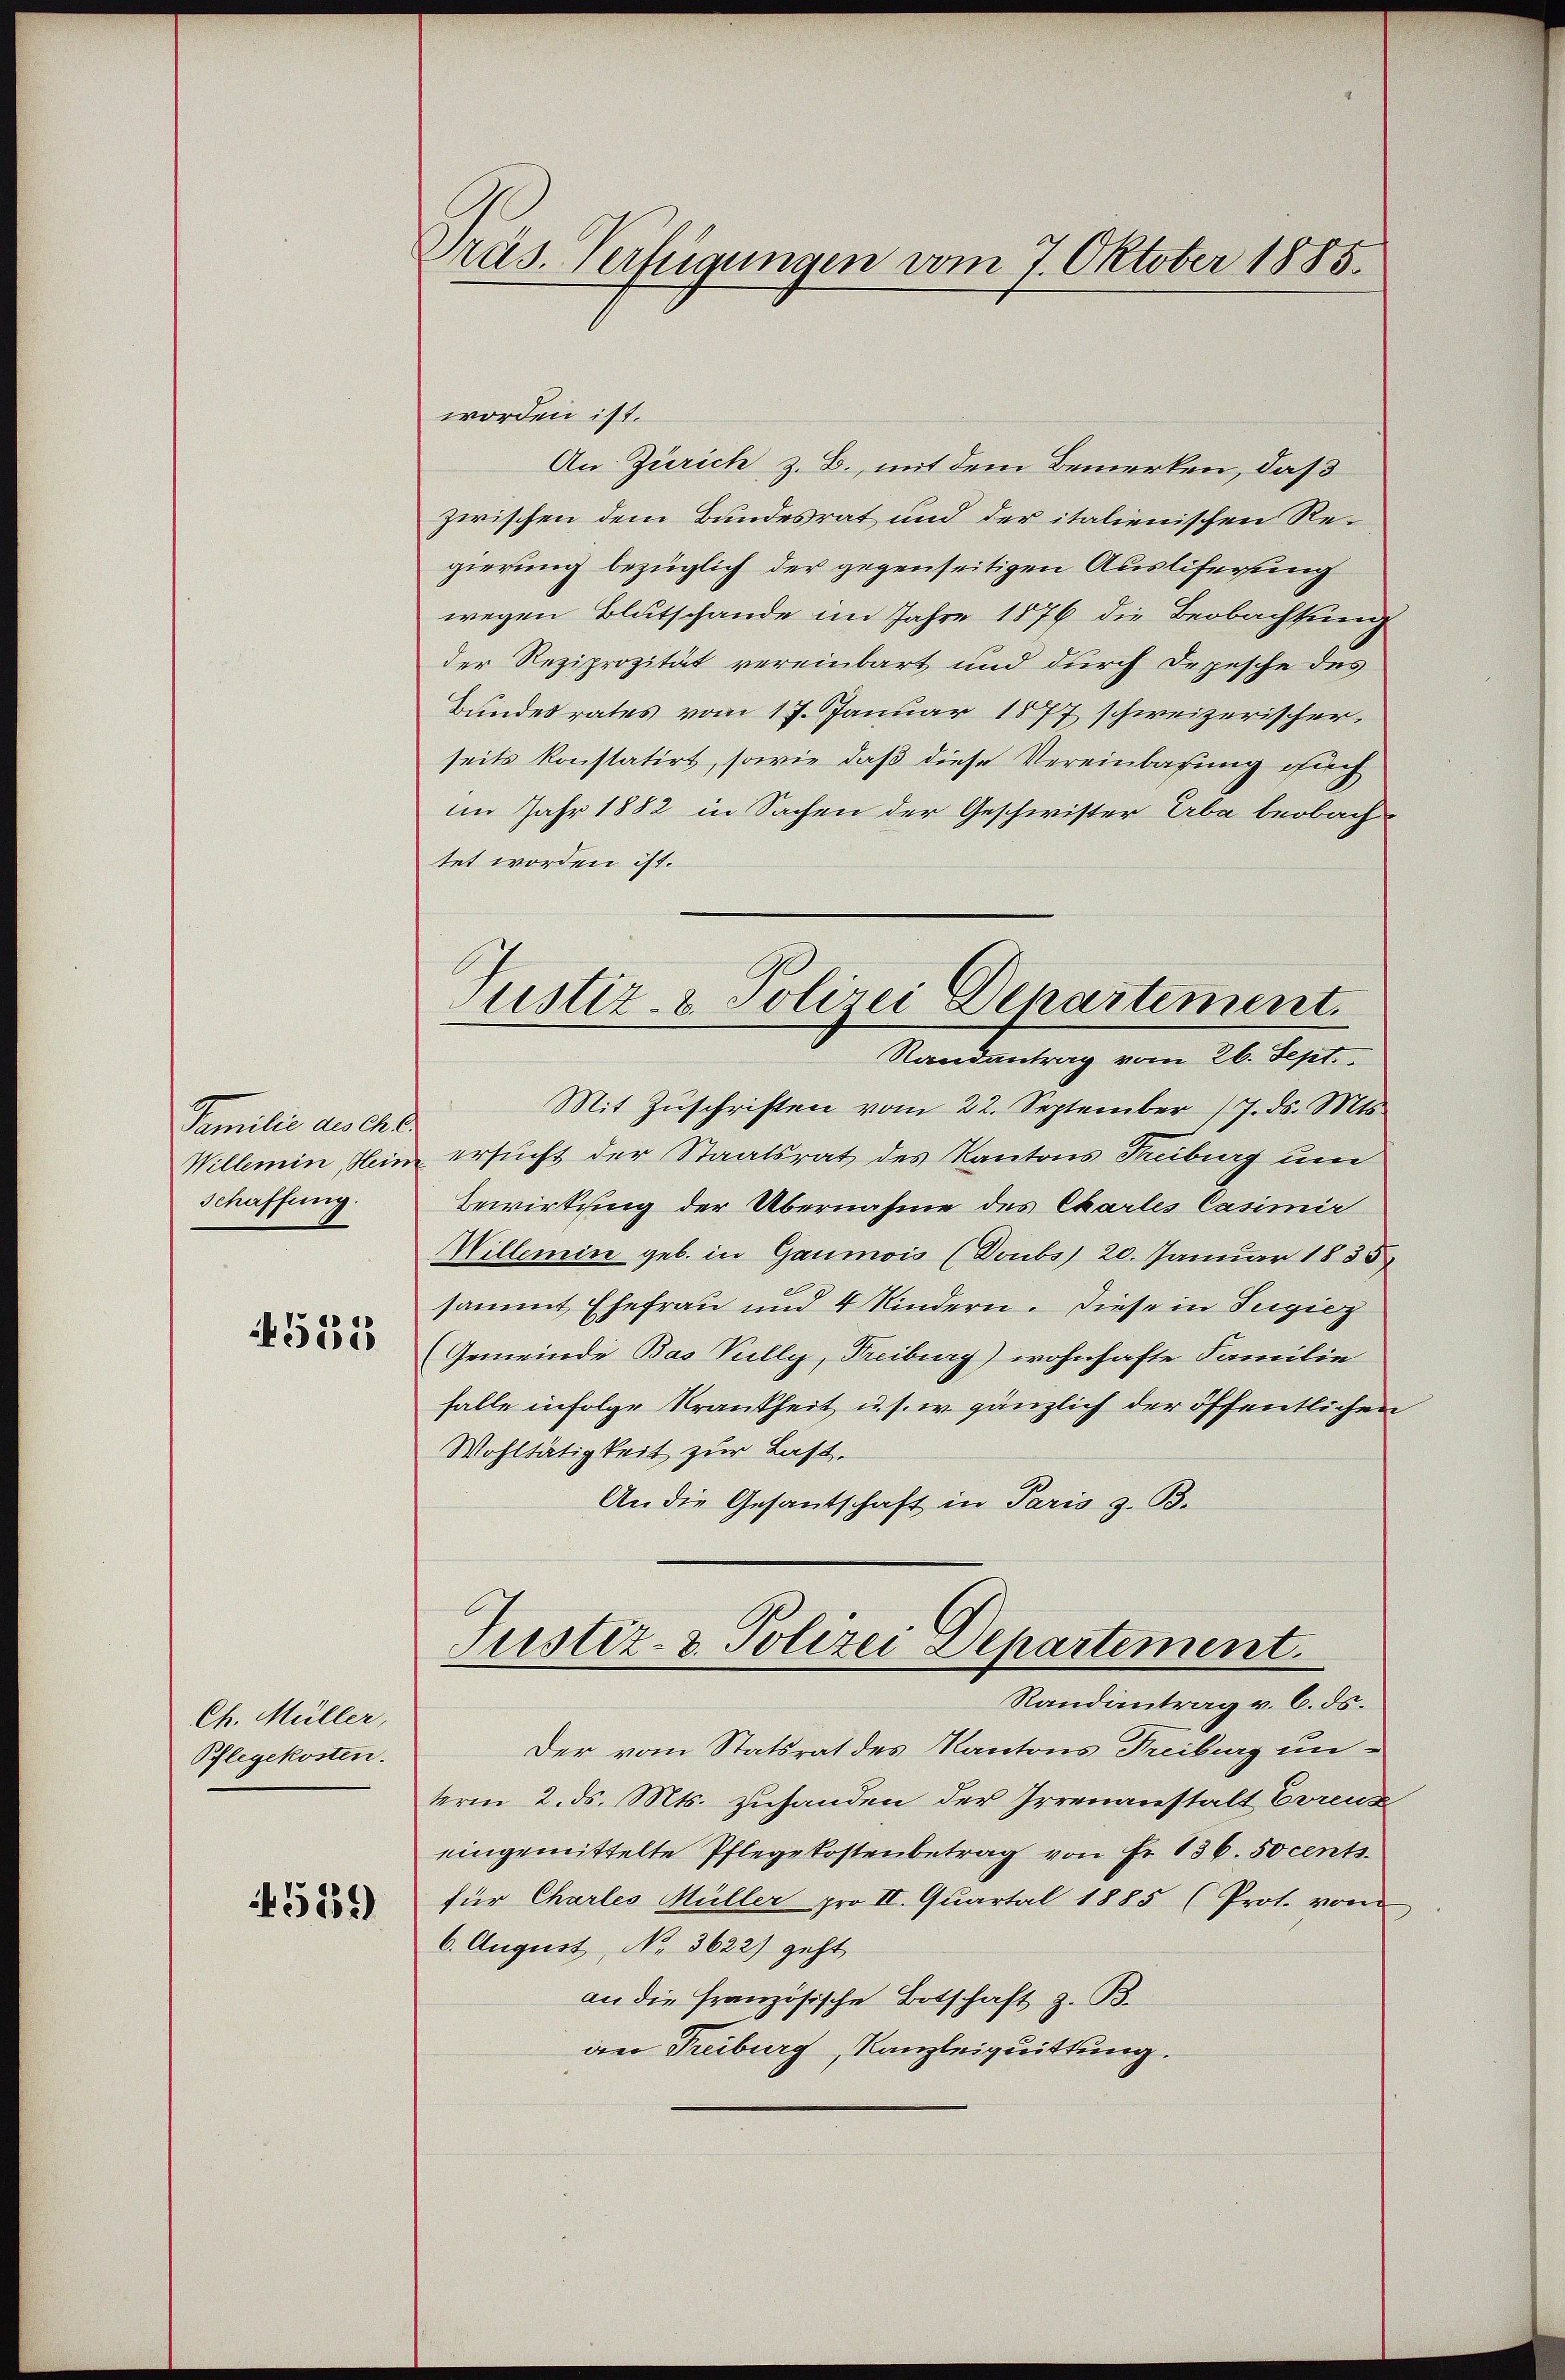
Familie des Chl
Willemin, Hein
Schaffung.

4535

Ch. Müller,
Pflegekosten.

5159)

Präs. Verfügungen vom 7. Oktober 1885.

worden ist.
An Zürich z. B., mit dem Bemerken, daß
zwischen dem Bundesrat und der italienischen Regierung bezüglich der gegenseitigen Ausliferung
wegen Blutschande im Jahre 1876 die Beobachtung
der Reziprozität vereinbart und durch Depesche des
Bundesrates vom 17. Januar 1877 schweizerischer,
seits konstatirt, sowie daß diese Vereinbarung such
im Jahr 1882 in Sachen der Geschwister Arba beobachtet worden ist.
Justiz- & Polizei Departement.
Randantrag vom 26. Sept.
Mit Zŭschriften vom 22. September 17. ds. Mts.
ersucht der Staatsrat des Kantons Freiburg um
Bewirkung der Übernahme des Chartes Casimir
Willemine geb. in Gaumois (Doubs) 20. Januar 1855
sammt Ehefrau und 4 Kindern. Diese in Teigicz
Gemeinde Bas Vully, Freiburg) wohnhafte Familie
falle infolge Krankheit u. s. w. gänzlich der öffentlichen
Wohltätigkeit zur Last.
An die Gesantschaft in Paris z. B.

Justiz- & Polizei Departement.
Randantrag v. 6. ds.

Der vom Statsrat des Kantons Freiburg unterm 2. ds. Mts. zuhanden der Irrenanstalt Erreuz
eingemittelte Pflegekostenbetrag von Fr. 136. 50cents.
für Chartes Müller pro II. Quartal 1885 (Prot. vom
6. August, No 3622) geht
an die französische Botschaft z. B.
an Treiburg, Kanzleiquittung.